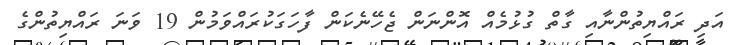
އަދި ރައްޔިތުންނާއި ގާތް ގުޅުމެއް އޮންނަން ޖެހޭނެކަން ފާހަގަކުރައްވަމުން 19 ވަނަ ރައްޔިތުންގެ